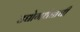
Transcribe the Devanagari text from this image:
उद्योगधंद्याची